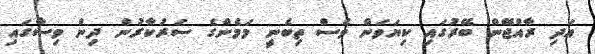
އަދި ރާއްޖޭން ބޭރުގައި ކިޔަވަން ވެސް ތިބެނީ މަމެންގެ ސަރުކާރުން ދިން ވިސާގައި